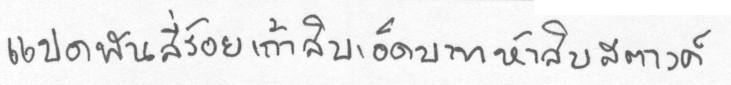
แปดพันสี่ร้อยเก้าสิบเอ็ดบาทห้าสิบสตางค์